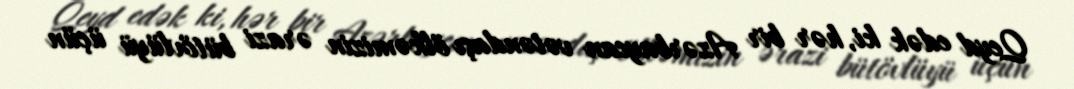
Qeyd edək ki, hər bir Azərbaycan vətəndaşı ölkəmizin ərazi bütövlüyü üçün